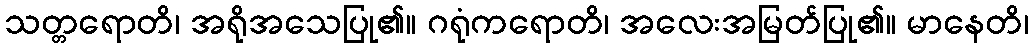
သတ္တရောတိ၊ အရိုအသေပြု၏။ ဂရုံကရောတိ၊ အလေးအမြတ်ပြု၏။ မာနေတိ၊